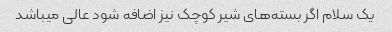
یک سلام اگر بسته‌های شیر کوچک نیز اضافه شود عالی میباشد